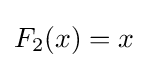
F_{2}(x)=x